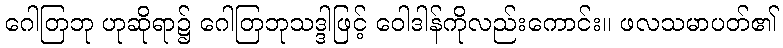
ဂေါတြဘု ဟုဆိုရာ၌ ဂေါတြဘုသဒ္ဒါဖြင့် ဝေါဒါန်ကိုလည်းကောင်း။ ဖလသမာပတ်၏